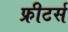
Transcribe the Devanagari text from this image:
फ्रीटर्स